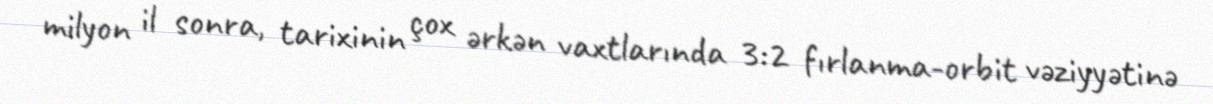
milyon il sonra, tarixinin çox ərkən vaxtlarında 3:2 fırlanma-orbit vəziyyətinə